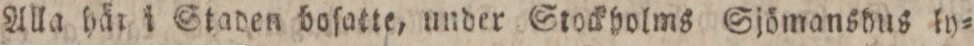
Alla här i Staden boſatte, under Stockholms Sjömanshns ly=